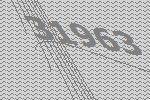
31963